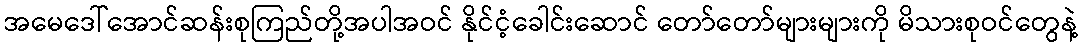
အမေဒေါ်အောင်ဆန်းစုကြည်တို့အပါအဝင် နိုင်ငံ့ခေါင်းဆောင် တော်တော်များများကို မိသားစုဝင်တွေနဲ့